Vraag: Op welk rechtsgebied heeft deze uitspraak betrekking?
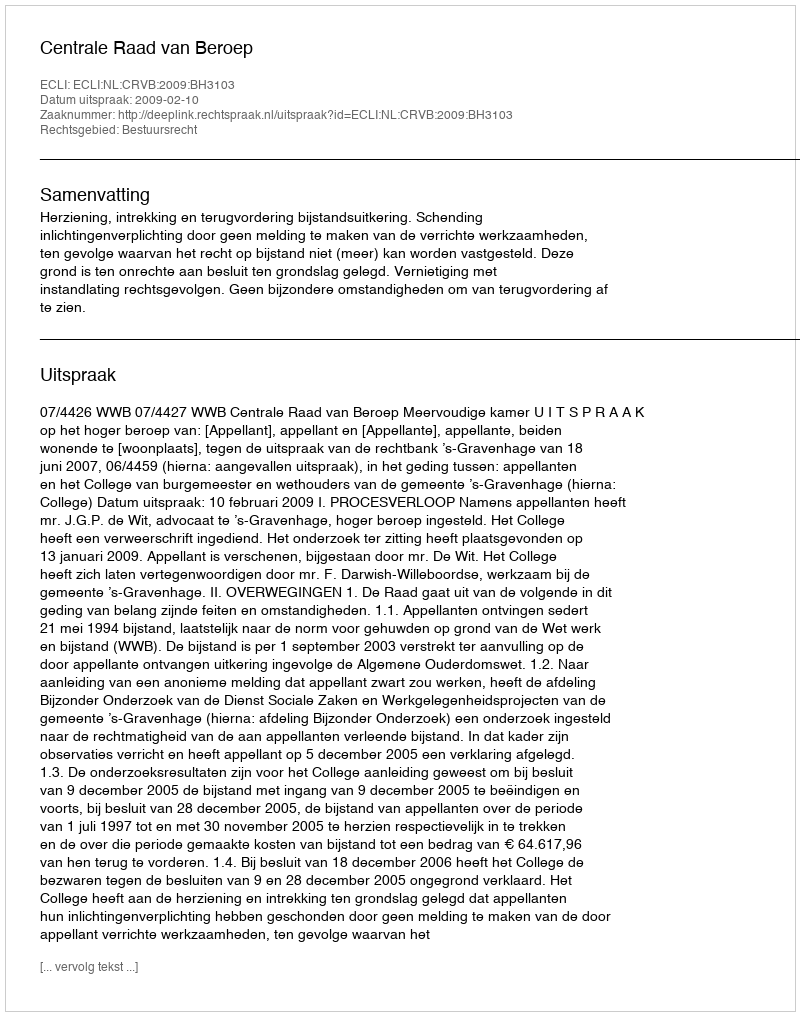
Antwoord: Bestuursrecht